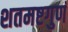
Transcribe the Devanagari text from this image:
शतमष्टगुणं